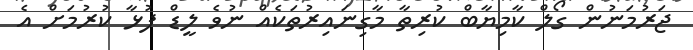
ޖަރުމަނުން ގޯލް ކާމިޔާބް ކުރިތާ މާގިނައިރުތަކެއް ނުވެ ލީޑް ފުޅާ ކުރުމަށް އެ